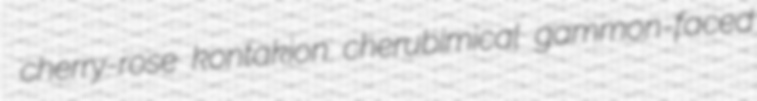
cherry-rose kontakion cherubimical gammon-faced